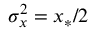
\sigma _ { x } ^ { 2 } = x _ { * } / 2